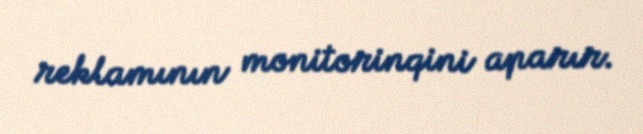
reklamının monitorinqini aparır.